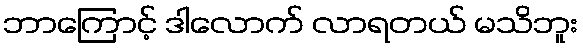
ဘာကြောင့် ဒါလောက် လာရတယ် မသိဘူး